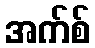
အက်စ်